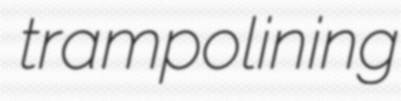
trampolining